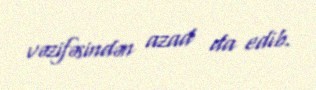
vəzifəsindən azad da edib.